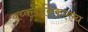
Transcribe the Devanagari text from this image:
क्य्क्लोनिकल्ल्य